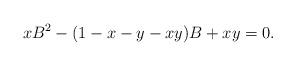
LaTeX: \begin{align*} xB^2-(1-x-y-xy)B+xy=0.\end{align*}